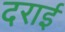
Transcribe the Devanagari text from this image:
दराई